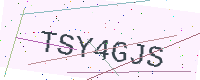
Text: TSY4GJS